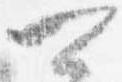
可